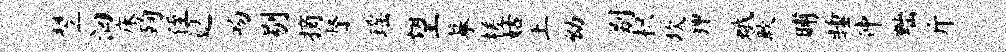
翌洄床殉侄遮吻剔摘督瑶望摹槎姑上幼别枳坎狎蛾歉晡睡仲黜斤